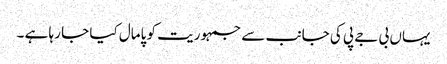
یہاں بی جے پی کی جانب سے جمہوریت کو پامال کیا جا رہا ہے ۔